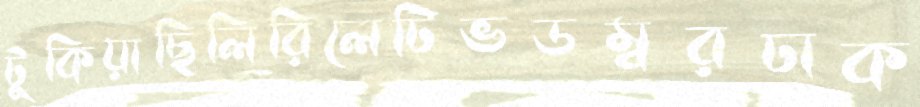
টুকিয়াছিলিরিলেটিভডম্বরঢাক